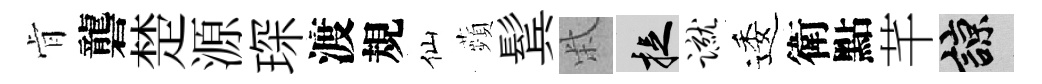
肻礱楚源琛渡規仙蘋鬂柴捉蹴逶衛點芊諒